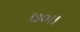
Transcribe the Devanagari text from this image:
७०।।